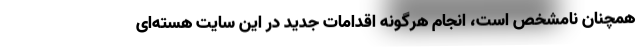
همچنان نامشخص است، انجام هرگونه اقدامات جدید در این سایت هسته‌ای